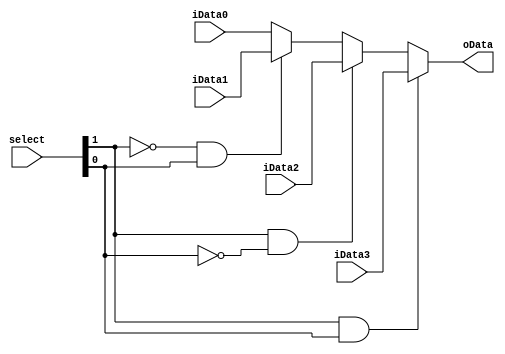
`timescale 1ns / 1ps
module MUX_32b_4to1(
input [31:0] iData0,
input [31:0] iData1,
input [31:0] iData2,
input [31:0] iData3,
input [1:0] select,
output [31:0] oData
);
assign oData = (select[1]&select[0])?iData3:
                (select[1]&~select[0])?iData2:
                (~select[1]&select[0])?iData1:iData0;
endmodule